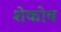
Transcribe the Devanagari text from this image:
शेकोव